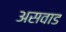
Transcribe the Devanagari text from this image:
असवाड